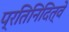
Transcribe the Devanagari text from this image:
प्रतिनिदित्वे